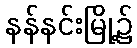
နန်နင်းမြို့၌